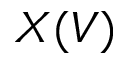
X ( V )